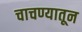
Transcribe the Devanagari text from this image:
चाचण्यातून